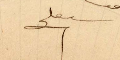
سبعلي